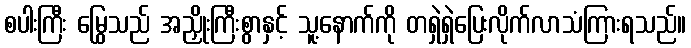
စပါးကြီး မြွေသည် အညှိုးကြီးစွာနှင့် သူ့နောက်ကို တရှဲရှဲပြေးလိုက်လာသံကြားရသည်။